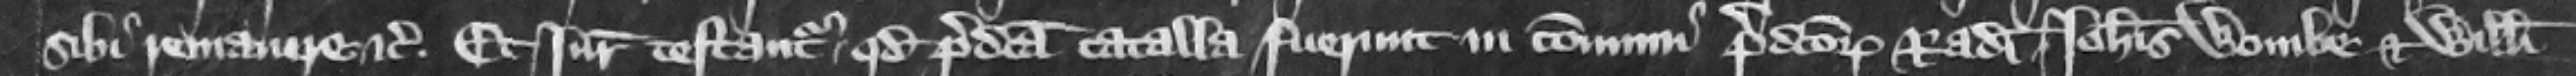
sibi remanere etc. Et iuratores testantur quod predicta catalla fuerunt in communi predictorum Radulphi. Iohannis Wombe et Willelmi